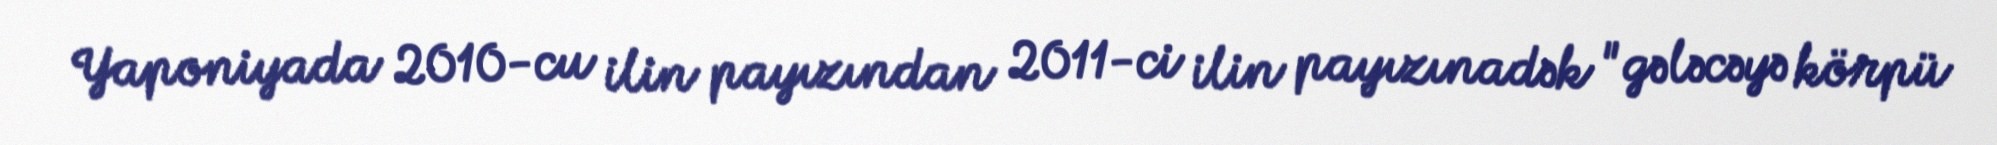
Yaponiyada 2010-cu ilin payızından 2011-ci ilin payızınadək "gələcəyə körpü